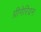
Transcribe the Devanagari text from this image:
ग्रीगेरियन